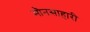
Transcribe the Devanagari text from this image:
मौनसाहारी